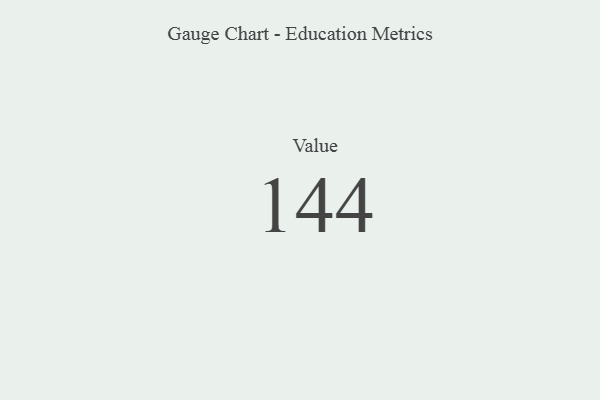
{"axis": {"x": "Metric", "y": "Value"}, "legend": [""], "data": [{"x": "Value", "y": 144, "type": ""}]}